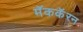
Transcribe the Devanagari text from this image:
मॅककॅरन